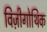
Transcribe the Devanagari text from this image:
विज़ीगोथिक